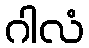
ဂါလံ